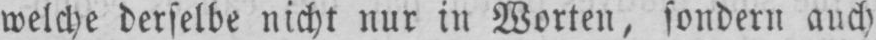
welche derselbe nicht nur in Worten, sondern auch